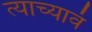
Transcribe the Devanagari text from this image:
त्याच्यावं